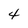
Character: 4